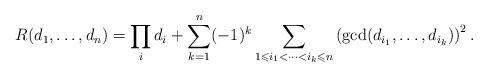
LaTeX: \begin{align*}R(d_{1},\dotsc ,d_{n}) = \prod_{i}d_{i} +\sum_{k=1}^{n}(-1)^{k}\sum_{1\leqslant i_{1}<\dotsb <i_{k}\leqslant n}\left(\gcd(d_{i_{1}},\dotsc ,d_{i_{k}}) \right)^{2}.\end{align*}